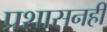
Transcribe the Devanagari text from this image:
प्रशासनही